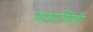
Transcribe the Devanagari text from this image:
नामाशिंपी